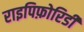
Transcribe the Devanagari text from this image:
राइपिफ़ोरिडी